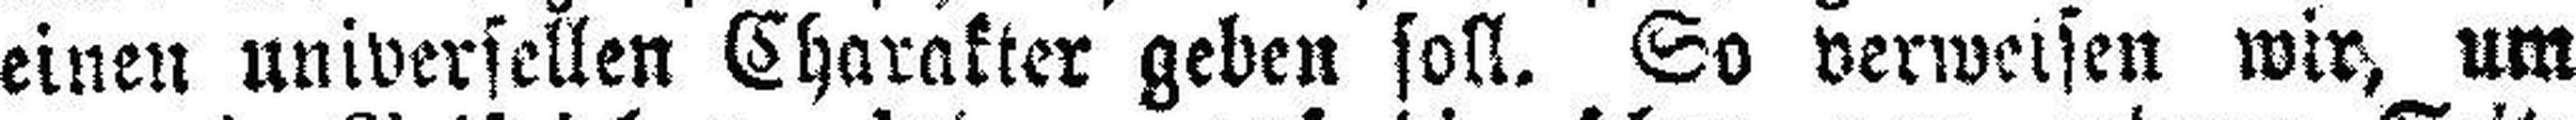
einen universellen Charakter geben soll. So verweisen wir, um